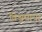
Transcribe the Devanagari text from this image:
विश्वमाया